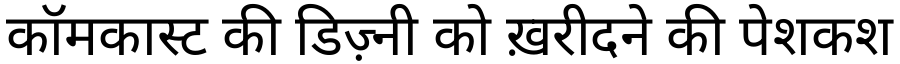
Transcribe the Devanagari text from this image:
कॉमकास्ट की डिज़्नी को ख़रीदने की पेशकश